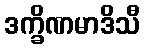
ဒက္ခိဏမာဒိသီ